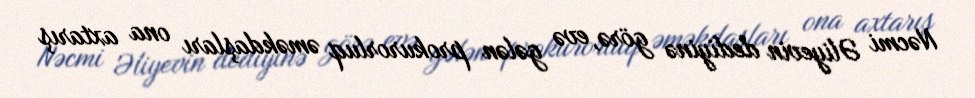
Nəcmi Əliyevin dediyinə görə, evə gələn prokurorluq əməkdaşları ona axtarış